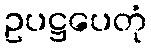
ဥပဋ္ဌပေတုံ